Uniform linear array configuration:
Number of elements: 24
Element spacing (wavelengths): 0.5
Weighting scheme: uniform
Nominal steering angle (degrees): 15
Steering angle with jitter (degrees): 16.95
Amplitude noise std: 0.05
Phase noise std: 0.05

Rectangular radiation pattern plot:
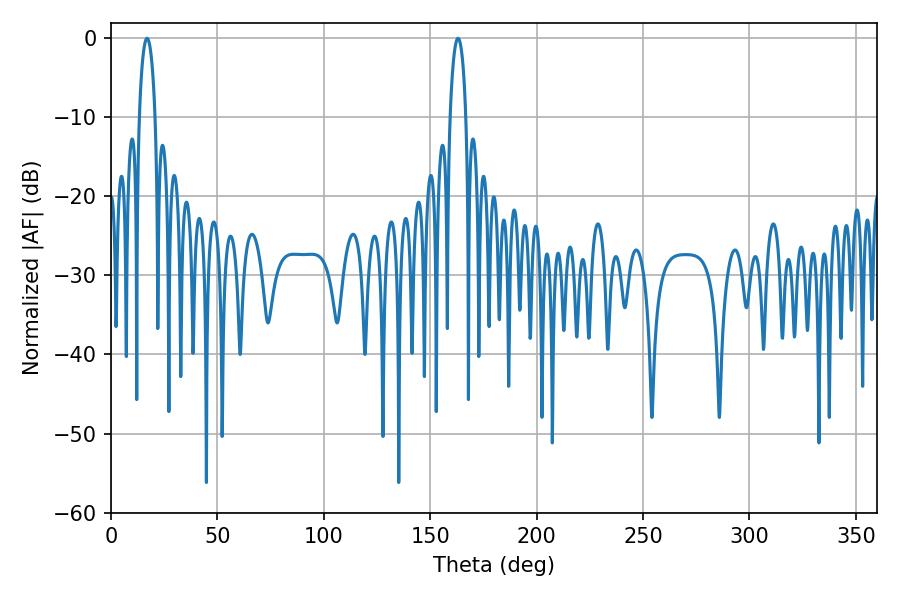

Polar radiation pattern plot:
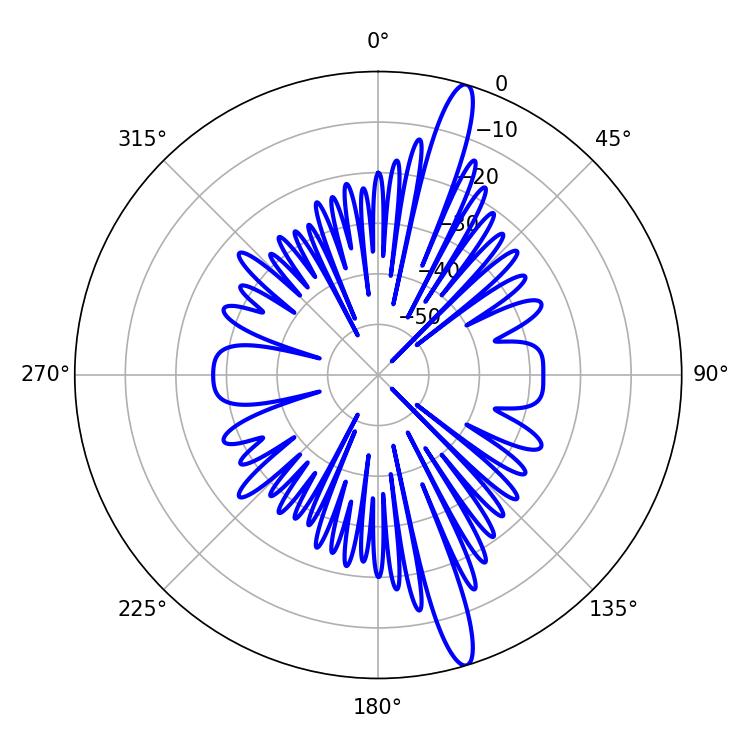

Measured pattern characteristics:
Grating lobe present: FALSE
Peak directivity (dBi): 16.044
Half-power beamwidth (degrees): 4.32
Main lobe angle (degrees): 16.92